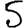
Digit: 5